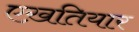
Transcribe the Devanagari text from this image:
एख़तियार